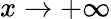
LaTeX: x\to+\infty